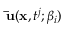
\mathbf { \bar { u } } ( \mathbf { x } , t ^ { j } ; \beta _ { i } )